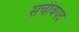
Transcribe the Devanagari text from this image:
सचीवपद